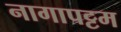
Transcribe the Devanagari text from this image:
नागापट्टम